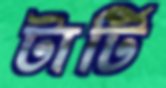
টার্টি